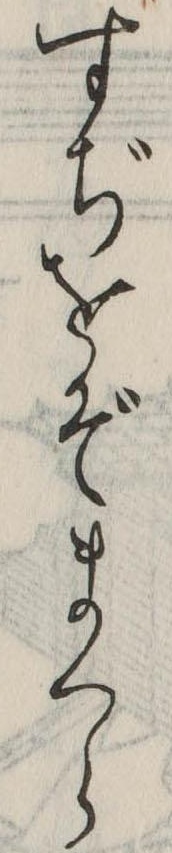
すぢをぞまくら